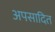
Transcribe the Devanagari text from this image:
अपसादित